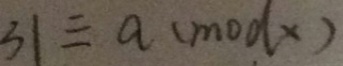
3 1 \equiv a ( m o d x )